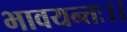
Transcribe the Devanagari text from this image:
भावयन्तः।।